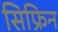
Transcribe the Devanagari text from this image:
सिफ्रिन